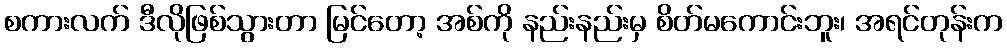
စကားလက် ဒီလိုဖြစ်သွားတာ မြင်တော့ အစ်ကို နည်းနည်းမှ စိတ်မကောင်းဘူး၊ အရင်တုန်းက